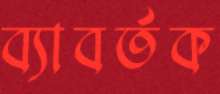
ব্যাবর্তক